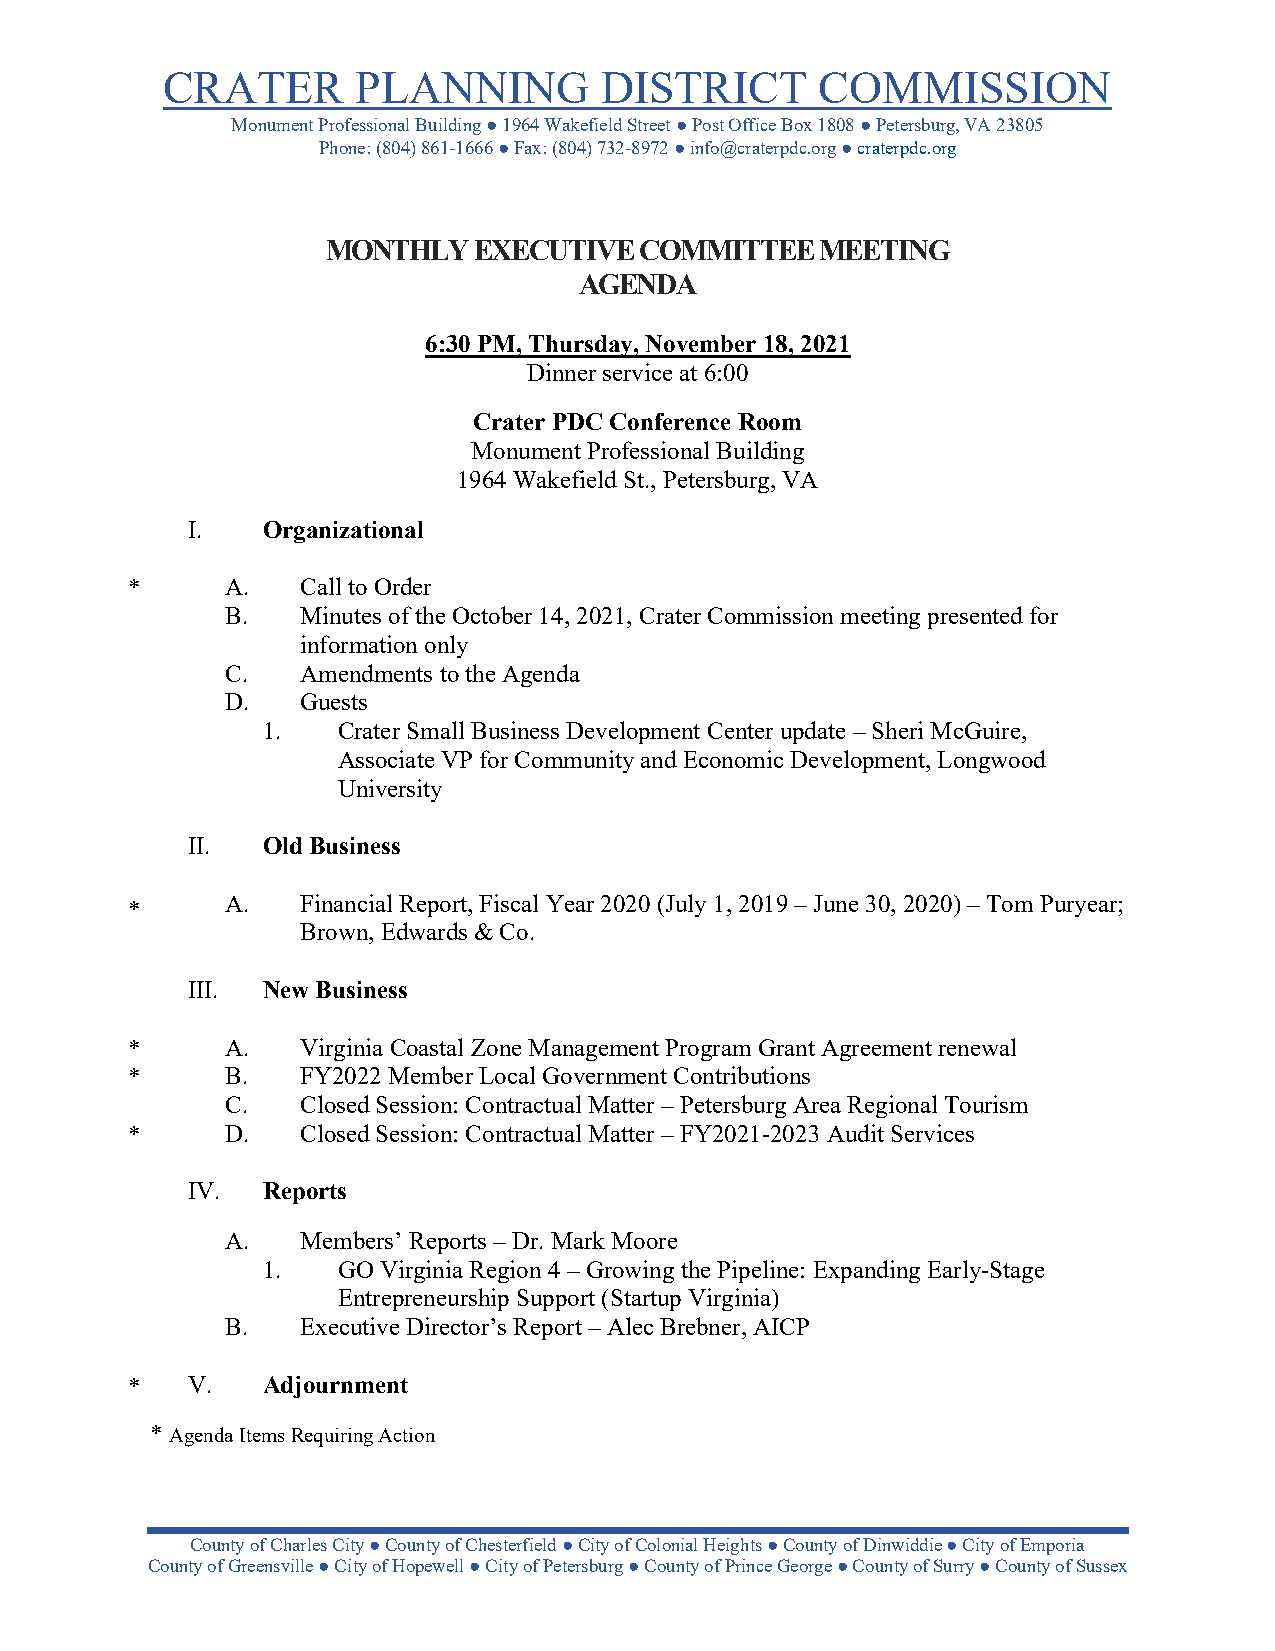
CRATER       PLANNING        DISTRICT      COMMISSION
 Monument Professional Building ● 1964 Wakefield Street ● Post Office Box 1808 ● Petersburg, VA 23805
 Phone: (804) 861-1666 ● Fax: (804) 732-8972 ● info@craterpdc.org ● craterpdc.org
 MONTHLY  EXECUTIVE  COMMITTEE   MEETING
 AGENDA
 6:30 PM, Thursday, November 18, 2021
 Dinner service at 6:00
 Crater PDC Conference Room
 Monument Professional Building
 1964 Wakefield St., Petersburg, VA
 I.   Organizational
 *      A.   Call to Order
 B.   Minutes of the October 14, 2021, Crater Commission meeting presented for
 information only
 C.   Amendments to the Agenda
 D.   Guests
 1.   Crater Small Business Development Center update – Sheri McGuire,
 Associate VP for Community and Economic Development, Longwood
 University
 II.  Old Business
 A.   Financial Report, Fiscal Year 2020 (July 1, 2019 – June 30, 2020) – Tom Puryear;
 *
 Brown, Edwards & Co.
 III. New Business
 *      A.   Virginia Coastal Zone Management Program Grant Agreement renewal
 *      B.   FY2022 Member Local Government Contributions
 C.   Closed Session: Contractual Matter – Petersburg Area Regional Tourism
 *      D.   Closed Session: Contractual Matter – FY2021-2023 Audit Services
 IV.  Reports
 A.   Members’ Reports – Dr. Mark Moore
 1.   GO Virginia Region 4 – Growing the Pipeline: Expanding Early-Stage
 Entrepreneurship Support (Startup Virginia)
 B.   Executive Director’s Report – Alec Brebner, AICP
 *   V.   Adjournment
 *Agenda Items Requiring Action
 County of Charles City ● County of Chesterfield ● City of Colonial Heights ● County of Dinwiddie ● City of Emporia
 County of Greensville ● City of Hopewell ● City of Petersburg ● County of Prince George ● County of Surry ● County of Sussex